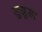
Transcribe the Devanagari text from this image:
सुस्रुसा